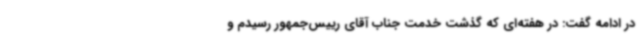
در ادامه گفت: در هفته‌ای که گذشت خدمت جناب آقای رییس‌جمهور رسیدم و